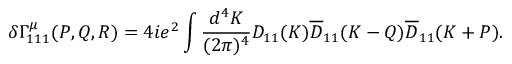
\delta \Gamma _ { 1 1 1 } ^ { \mu } ( P , Q , R ) = 4 i e ^ { 2 } \int \frac { d ^ { 4 } K } { ( 2 \pi ) ^ { 4 } } { D } _ { 1 1 } ( K ) \overline { { { D } } } _ { 1 1 } ( K - Q ) \overline { { { D } } } _ { 1 1 } ( K + P ) .